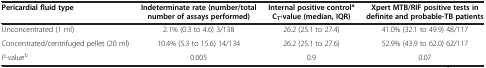
<table><thead><tr><td><b>Pericardial fluid type</b></td><td><b>Indeterminate rate (number/total number of assays performed)</b></td><td><b>Internal positive control<sup>a </sup>C<sub>T</sub>-value (median, IQR)</b></td><td><b>Xpert MTB/RIF positive tests in definite and probable-TB patients</b></td></tr></thead><tbody><tr><td>Unconcentrated (1 ml)</td><td>2.1% (0.3 to 4.6) 3/138</td><td>26.2 (25.1 to 27.4)</td><td>41.0% (32.1 to 49.9) 48/117</td></tr><tr><td>Concentrated/centrifuged pellet (20 ml)</td><td>10.4% (5.3 to 15.6) 14/134</td><td>26.2 (25.1 to 27.6)</td><td>52.9% (43.9 to 62.0) 62/117</td></tr><tr><td><i>P</i>-value<sup>b</sup></td><td>0.005</td><td>0.9</td><td>0.07</td></tr></tbody></table>